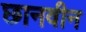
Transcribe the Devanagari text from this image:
छानवीन